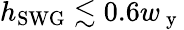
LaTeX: h_{\mathrm{SWG}}\lesssim 0.6w_{\mathrm{~y~}}